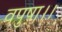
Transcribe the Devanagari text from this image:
वपुषा।।